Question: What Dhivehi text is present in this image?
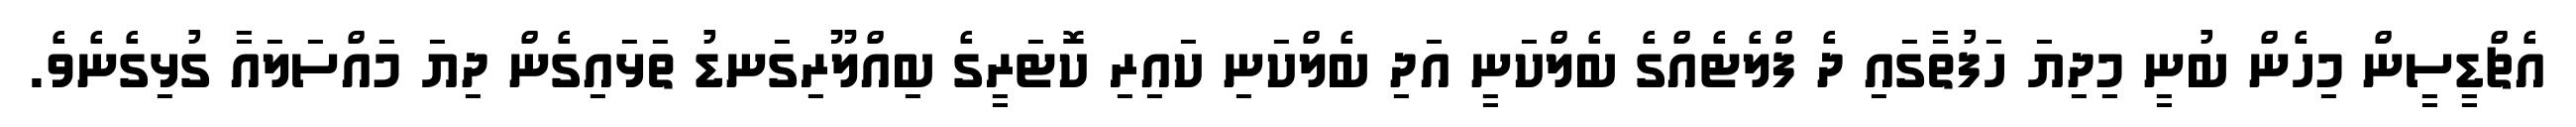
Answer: އެޗްޑީސީން މިހެން ބުނީ މިދިޔަ ހަފުތާގައި ދެ ފްލެޓެއްގެ ބެލްކަނީ އަދި ބެލްކަނި ކައިރި ކޮޓަރީގެ ބިއްލޫރިގަނޑު ތަޅައިގެން ދިޔަ މައްސަލައާ ގުޅިގެނެވެ.